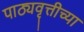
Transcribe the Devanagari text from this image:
पाठ्यवृत्तीच्या